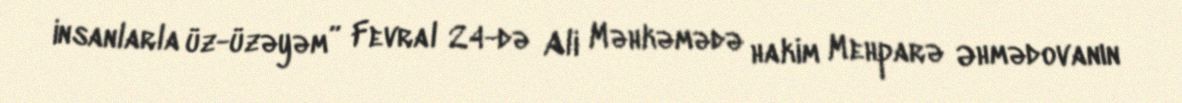
insanlarla üz-üzəyəm” Fevral 24-də Ali Məhkəmədə hakim Mehparə Əhmədovanın